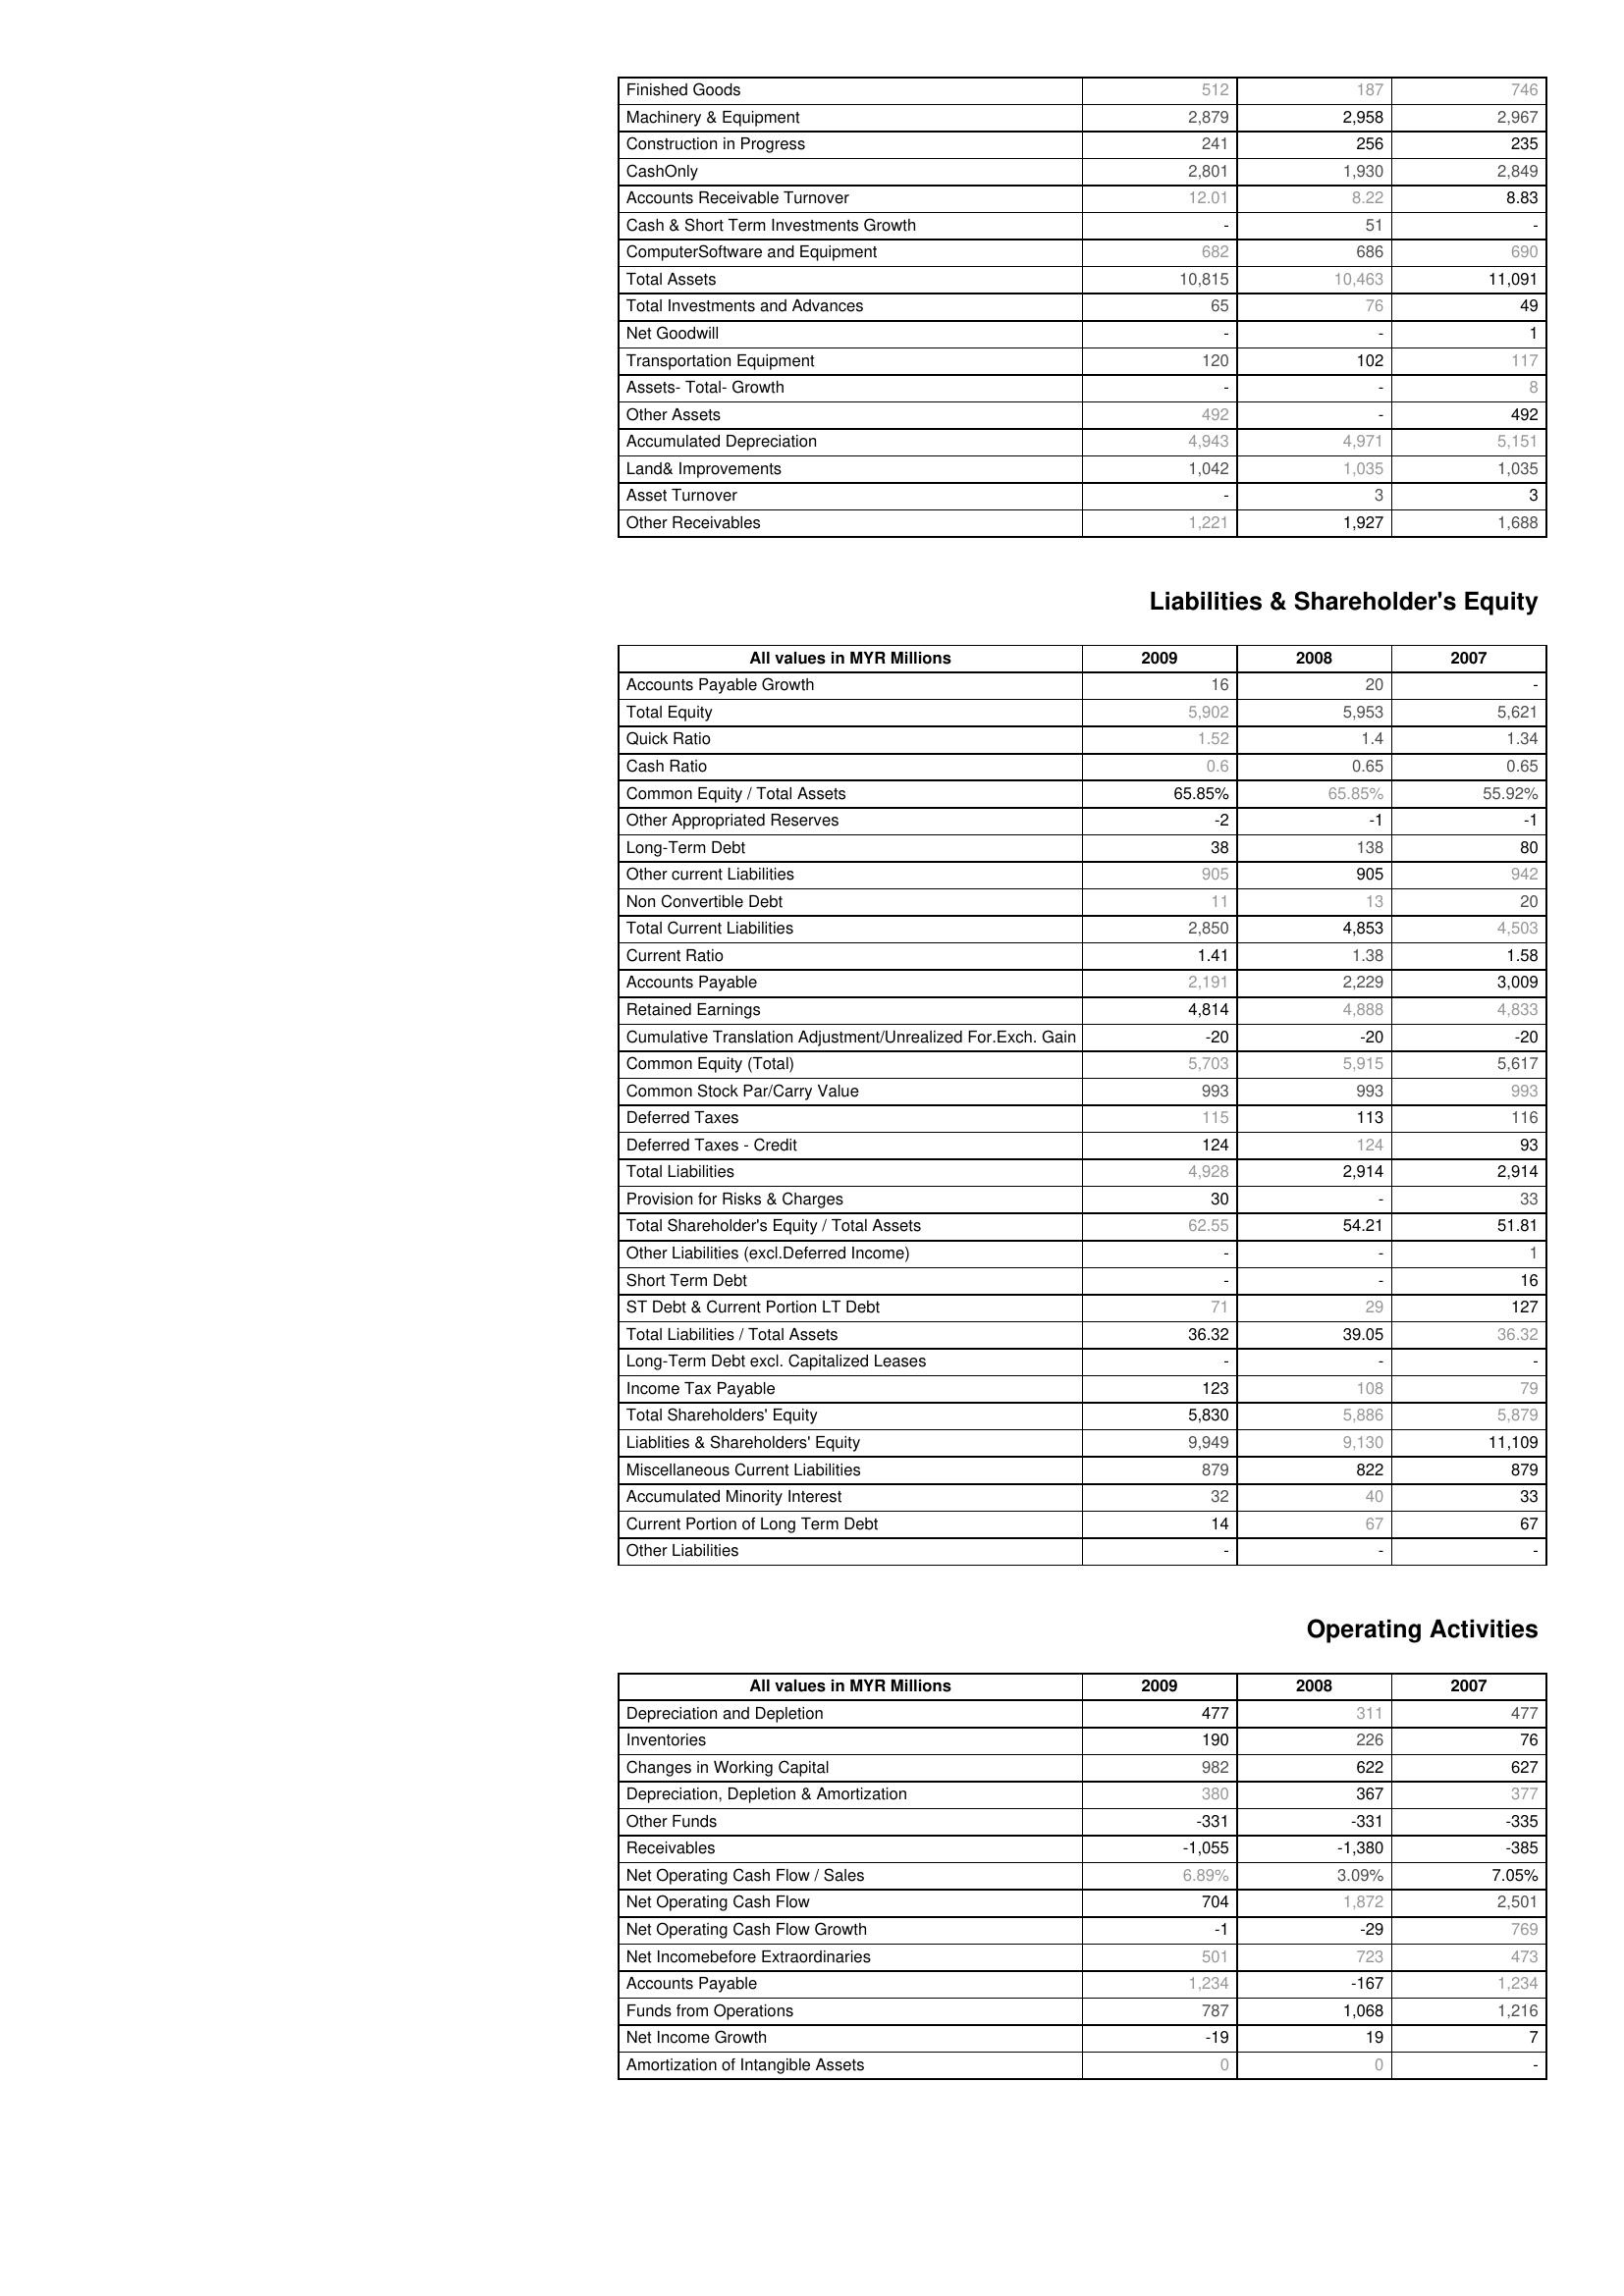
2009: Assets: Finished Goods: 512
Machinery & Equipment: 2,879
Construction in Progress: 241
CashOnly: 2,801
Accounts Receivable Turnover: 12.01
Cash & Short Term Investments Growth: -
ComputerSoftware and Equipment: 682
Total Assets: 10,815
Total Investments and Advances: 65
Net Goodwill: -
Transportation Equipment: 120
Assets- Total- Growth: -
Other Assets: 492
Accumulated Depreciation: 4,943
Land& Improvements: 1,042
Asset Turnover: -
Other Receivables: 1,221
Liabilities & Shareholder's Equity: Accounts Payable Growth: 16
Total Equity: 5,902
Quick Ratio: 1.52
Cash Ratio: 0.6
Common Equity / Total Assets: 65.85%
Other Appropriated Reserves: -2
Long-Term Debt: 38
Other current Liabilities: 905
Non Convertible Debt: 11
Total Current Liabilities: 2,850
Current Ratio: 1.41
Accounts Payable: 2,191
Retained Earnings: 4,814
Cumulative Translation Adjustment/Unrealized For.Exch. Gain: -20
Common Equity (Total): 5,703
Common Stock Par/Carry Value: 993
Deferred Taxes: 115
Deferred Taxes - Credit: 124
Total Liabilities: 4,928
Provision for Risks & Charges: 30
Total Shareholder's Equity / Total Assets: 62.55
Other Liabilities (excl.Deferred Income): -
Short Term Debt: -
ST Debt & Current Portion LT Debt: 71
Total Liabilities / Total Assets: 36.32
Long-Term Debt excl. Capitalized Leases: -
Income Tax Payable: 123
Total Shareholders' Equity: 5,830
Liablities & Shareholders' Equity: 9,949
Miscellaneous Current Liabilities: 879
Accumulated Minority Interest: 32
Current Portion of Long Term Debt: 14
Other Liabilities: -
Operating Activities: Depreciation and Depletion: 477
Inventories: 190
Changes in Working Capital: 982
Depreciation, Depletion & Amortization: 380
Other Funds: -331
Receivables: -1,055
Net Operating Cash Flow / Sales: 6.89%
Net Operating Cash Flow: 704
Net Operating Cash Flow Growth: -1
Net Incomebefore Extraordinaries: 501
Accounts Payable: 1,234
Funds from Operations: 787
Net Income Growth: -19
Amortization of Intangible Assets: 0
2008: Assets: Finished Goods: 187
Machinery & Equipment: 2,958
Construction in Progress: 256
CashOnly: 1,930
Accounts Receivable Turnover: 8.22
Cash & Short Term Investments Growth: 51
ComputerSoftware and Equipment: 686
Total Assets: 10,463
Total Investments and Advances: 76
Net Goodwill: -
Transportation Equipment: 102
Assets- Total- Growth: -
Other Assets: -
Accumulated Depreciation: 4,971
Land& Improvements: 1,035
Asset Turnover: 3
Other Receivables: 1,927
Liabilities & Shareholder's Equity: Accounts Payable Growth: 20
Total Equity: 5,953
Quick Ratio: 1.4
Cash Ratio: 0.65
Common Equity / Total Assets: 65.85%
Other Appropriated Reserves: -1
Long-Term Debt: 138
Other current Liabilities: 905
Non Convertible Debt: 13
Total Current Liabilities: 4,853
Current Ratio: 1.38
Accounts Payable: 2,229
Retained Earnings: 4,888
Cumulative Translation Adjustment/Unrealized For.Exch. Gain: -20
Common Equity (Total): 5,915
Common Stock Par/Carry Value: 993
Deferred Taxes: 113
Deferred Taxes - Credit: 124
Total Liabilities: 2,914
Provision for Risks & Charges: -
Total Shareholder's Equity / Total Assets: 54.21
Other Liabilities (excl.Deferred Income): -
Short Term Debt: -
ST Debt & Current Portion LT Debt: 29
Total Liabilities / Total Assets: 39.05
Long-Term Debt excl. Capitalized Leases: -
Income Tax Payable: 108
Total Shareholders' Equity: 5,886
Liablities & Shareholders' Equity: 9,130
Miscellaneous Current Liabilities: 822
Accumulated Minority Interest: 40
Current Portion of Long Term Debt: 67
Other Liabilities: -
Operating Activities: Depreciation and Depletion: 311
Inventories: 226
Changes in Working Capital: 622
Depreciation, Depletion & Amortization: 367
Other Funds: -331
Receivables: -1,380
Net Operating Cash Flow / Sales: 3.09%
Net Operating Cash Flow: 1,872
Net Operating Cash Flow Growth: -29
Net Incomebefore Extraordinaries: 723
Accounts Payable: -167
Funds from Operations: 1,068
Net Income Growth: 19
Amortization of Intangible Assets: 0
2007: Assets: Finished Goods: 746
Machinery & Equipment: 2,967
Construction in Progress: 235
CashOnly: 2,849
Accounts Receivable Turnover: 8.83
Cash & Short Term Investments Growth: -
ComputerSoftware and Equipment: 690
Total Assets: 11,091
Total Investments and Advances: 49
Net Goodwill: 1
Transportation Equipment: 117
Assets- Total- Growth: 8
Other Assets: 492
Accumulated Depreciation: 5,151
Land& Improvements: 1,035
Asset Turnover: 3
Other Receivables: 1,688
Liabilities & Shareholder's Equity: Accounts Payable Growth: -
Total Equity: 5,621
Quick Ratio: 1.34
Cash Ratio: 0.65
Common Equity / Total Assets: 55.92%
Other Appropriated Reserves: -1
Long-Term Debt: 80
Other current Liabilities: 942
Non Convertible Debt: 20
Total Current Liabilities: 4,503
Current Ratio: 1.58
Accounts Payable: 3,009
Retained Earnings: 4,833
Cumulative Translation Adjustment/Unrealized For.Exch. Gain: -20
Common Equity (Total): 5,617
Common Stock Par/Carry Value: 993
Deferred Taxes: 116
Deferred Taxes - Credit: 93
Total Liabilities: 2,914
Provision for Risks & Charges: 33
Total Shareholder's Equity / Total Assets: 51.81
Other Liabilities (excl.Deferred Income): 1
Short Term Debt: 16
ST Debt & Current Portion LT Debt: 127
Total Liabilities / Total Assets: 36.32
Long-Term Debt excl. Capitalized Leases: -
Income Tax Payable: 79
Total Shareholders' Equity: 5,879
Liablities & Shareholders' Equity: 11,109
Miscellaneous Current Liabilities: 879
Accumulated Minority Interest: 33
Current Portion of Long Term Debt: 67
Other Liabilities: -
Operating Activities: Depreciation and Depletion: 477
Inventories: 76
Changes in Working Capital: 627
Depreciation, Depletion & Amortization: 377
Other Funds: -335
Receivables: -385
Net Operating Cash Flow / Sales: 7.05%
Net Operating Cash Flow: 2,501
Net Operating Cash Flow Growth: 769
Net Incomebefore Extraordinaries: 473
Accounts Payable: 1,234
Funds from Operations: 1,216
Net Income Growth: 7
Amortization of Intangible Assets: -